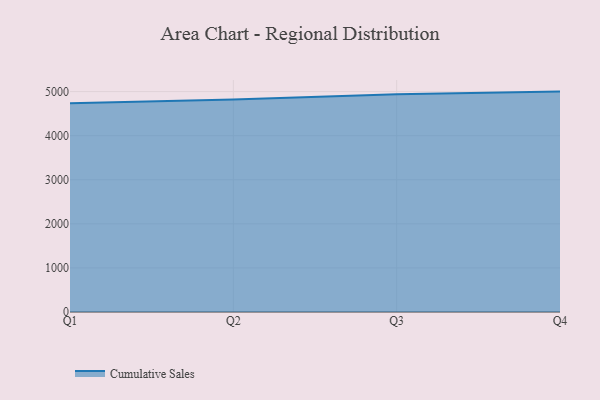
{"axis": {"x": "Quarter", "y": "Website Visitors"}, "legend": ["Cumulative Sales"], "data": [{"x": "Q1", "y": 4733.6, "type": "Cumulative Sales"}, {"x": "Q2", "y": 4823.5, "type": "Cumulative Sales"}, {"x": "Q3", "y": 4938.3, "type": "Cumulative Sales"}, {"x": "Q4", "y": 5000, "type": "Cumulative Sales"}]}